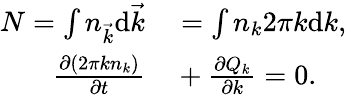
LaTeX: \begin{array}{rl}{N=\int n_{\vec{k}}\mathrm d\vec{k}}&{{}=\int n_{k}2\pi k\mathrm dk,}\\ {\frac{\partial(2\pi kn_{k})}{\partial t}}&{{}+\frac{\partial Q_{k}}{\partial k}=0.}\end{array}